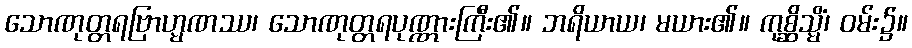
သောဏုတ္တရဗြာဟ္မဏဿ၊ သောဏုတ္တရပုဏ္ဏားကြီး၏။ ဘရိယာယ၊ မယား၏။ ကုစ္ဆိသ္မိံ၊ ဝမ်း၌။